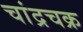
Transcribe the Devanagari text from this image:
चांद्रचक्र